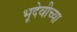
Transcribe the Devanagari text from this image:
भूदेवीच्या